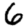
Digit: 6